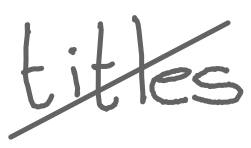
Text: titles
Cross-out: diagonal
Writing tool: digital_gray